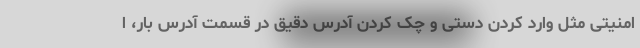
امنیتی مثل وارد کردن دستی و چک کردن آدرس دقیق در قسمت آدرس بار، ا